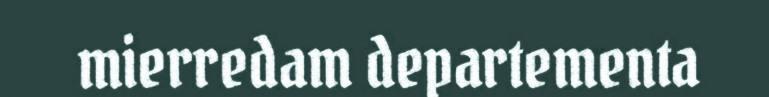
mierredam departementa